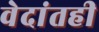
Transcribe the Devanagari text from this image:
वेदांतही